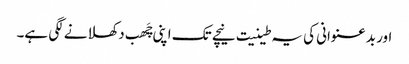
اور بدعنوانی کی یہ طینیت نیچے تک اپنی چَھب دکھلانے لگی ہے۔